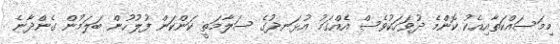
މިމަސައްކަތާއިއެކު ކޮންމެ ދުވަހަކުވެސް އެއްގަމު އުޅަނދުގެ ސަލާމަތީ ކަންކަން ފުލުހުން ބަލަމުން ގެންދާނެ